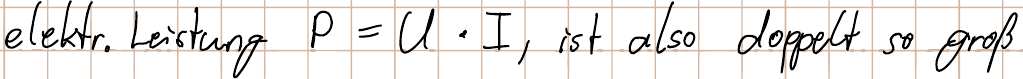
elektr. Leistung P = U * I, ist also doppelt so groß